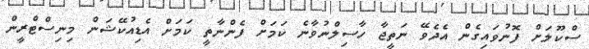
ސްކޫލަށް ފޮނުވައިގެން އެދެވޭ ނަތީޖާ ހާސިލްނުވާނެ ކަމަށް ފެންނާތީ ކަމަށް އެޑިއުކޭޝަން މިނިސްޓްރީން